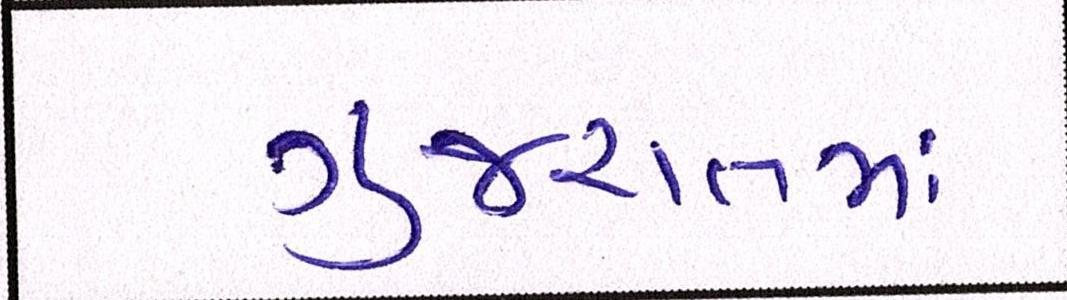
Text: ગુજરાતમાં